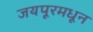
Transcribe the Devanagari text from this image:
जयपूरमधून